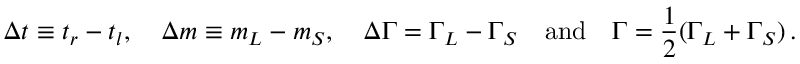
\Delta t \equiv t _ { r } - t _ { l } , \quad \Delta m \equiv m _ { L } - m _ { S } , \quad \Delta \Gamma = \Gamma _ { L } - \Gamma _ { S } \quad \mathrm { a n d } \quad \Gamma = \frac { 1 } { 2 } ( \Gamma _ { L } + \Gamma _ { S } ) \, .